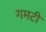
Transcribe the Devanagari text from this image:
गमटी